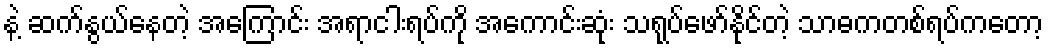
နဲ့ ဆက်နွယ်နေတဲ့ အကြောင်း အရာငါးရပ်ကို အကောင်းဆုံး သရုပ်ဖော်နိုင်တဲ့ သာဓကတစ်ရပ်ကတော့